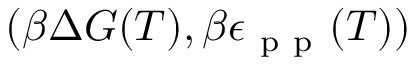
( \beta \Delta G ( T ) , \beta \epsilon _ { \mathrm { ~ p ~ p ~ } } ( T ) )